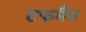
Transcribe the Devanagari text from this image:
टफमैन